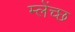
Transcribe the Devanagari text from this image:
म्लेंच्छ